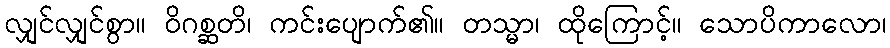
လျှင်လျှင်စွာ။ ဝိဂစ္ဆတိ၊ ကင်းပျောက်၏။ တသ္မာ၊ ထိုကြောင့်။ သောပိကာလော၊